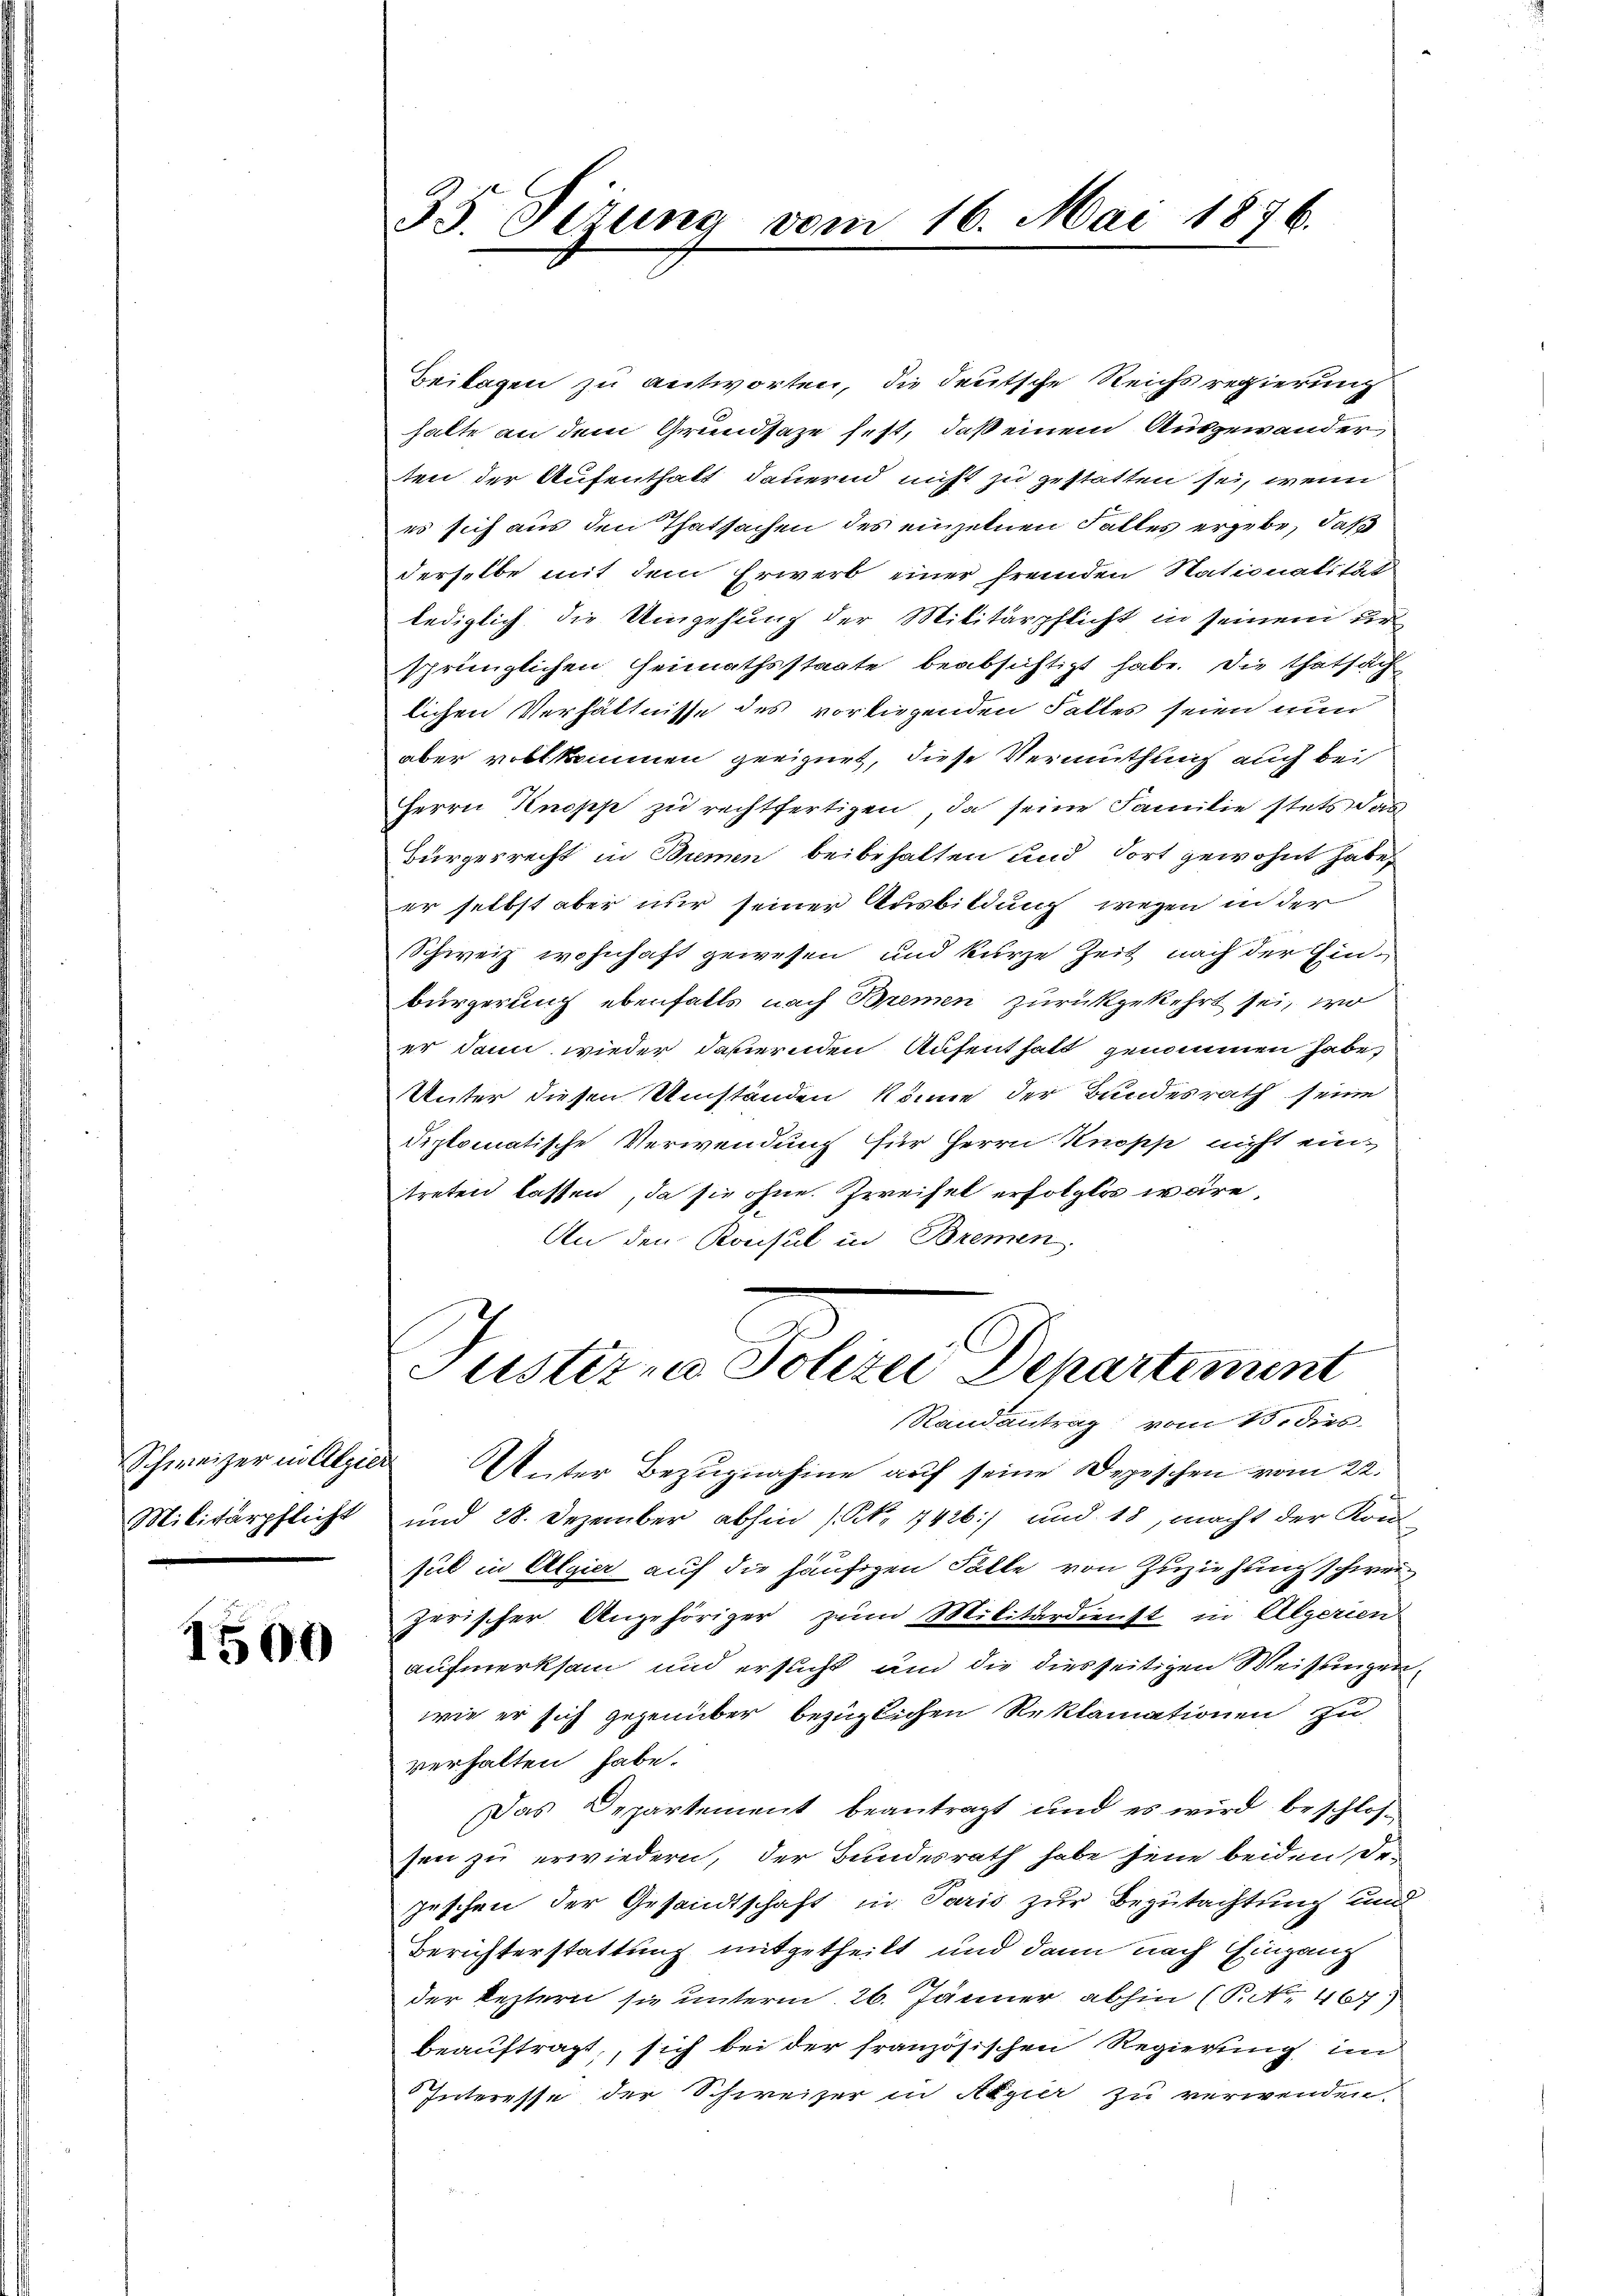
Militärpflicht

1500

35. Sizung vom 16. Mai 1876.

Beilagen zu antworten, die deutsche Reichs regierung
halte an dem Grundsaze fest, daß einem Ausgewander
ten der Aufenthalt dauernd nicht zu gestatten sei, wenn
es sich aus den Thatsachen des einzelnen Falles ergebe, daß
derselbe mit dem Erwerb einer fremden Nationalität
lediglich die Umgehung der Militärpflicht in seinem ur
sprünglichen Heimathsstaate beabsichtigt habe. Die thatsach
lichen Verhältnisse des vorliegenden Faltes seien nun
aber vollkommen geeignet, diese Vermuthung auch bei
Herrn Knopp zu rechtfertigen, da seine Familie stets das
Bürgerrecht in Bremen beibehalten und dort gewohnt habe,
er selbst aber nur seiner Ausbildung wegen in der
Schweiz wohnhaft gewesen und kurze Zeit nach der Einbürgerung ebenfalls nach Bremen zurückgekehrt sei, wo
er dann wieder dahiernden Aufenthalt genommen habe,
Unter diesen Umständen könne der Bundesrath seine
diplomatische Verwendung für Herrn Knopp nicht eintreten lassen, da sie ohne Zweifel erfolgtes wäre,
An den Konsul in Bremen.
C
Justizio Polizei Departement
Randantrag vom 13. dies
Schweizer in Alpier Unter Bezŭgnahme auf seine Depeschen vom 22.
und 28. Dezember abhin (Kk. 1426) und 18, macht der Kom
sub in Algier auf die häufigen Fälle von Zuziehung schweizerischer Angehöriger zum Militärdienst in Algerien
aufmerksam und ersucht und die diesseitigen Weisungen,
wie er sich gegenüber bezüglichen Reklamationen zu
verhalten habe.
Das Departement beantragt und es wird beschlossen zu erwiedern, der Bundesrath habe jene beiden De¬
Zeschen der Gesandtschaft in Paris zur Begutachtung und
Berichterstattung mitgetheilt und dann nach Eingang
der Restern sie unterm 26. Jänner abhin (P. Nr. 4673
beauftragt, sich bei der französischen Regierung im
Interesse der Schweizer in Algier zu verwenden.
f